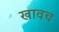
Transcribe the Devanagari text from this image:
खावच